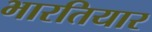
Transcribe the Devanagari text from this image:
भारतियार